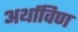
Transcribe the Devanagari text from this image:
अर्थाविण